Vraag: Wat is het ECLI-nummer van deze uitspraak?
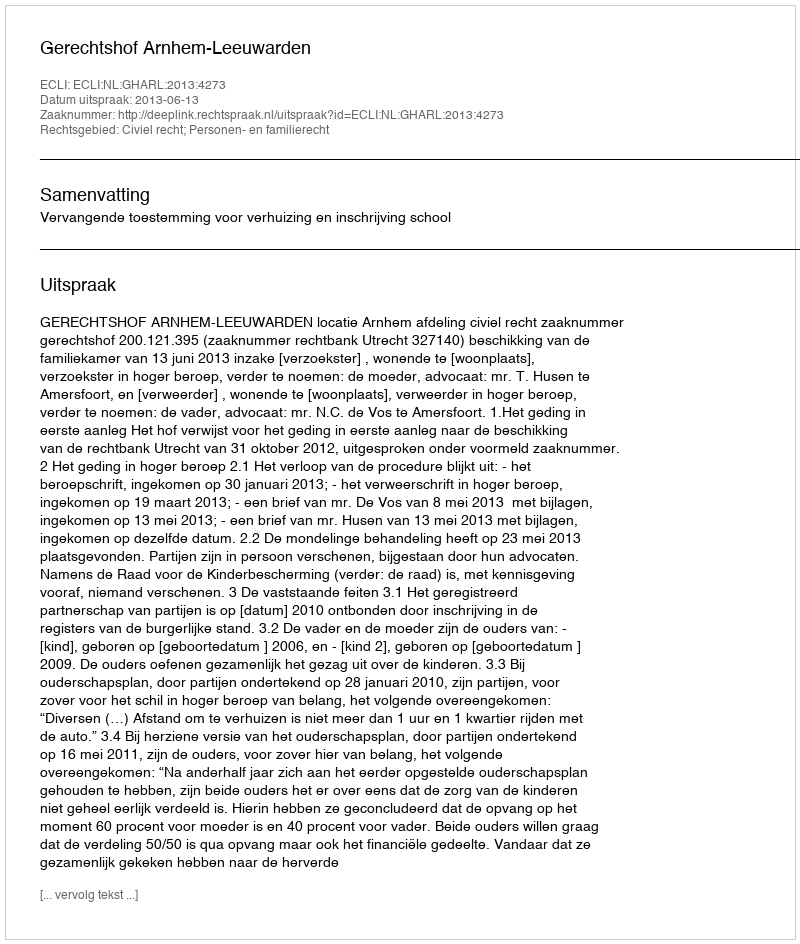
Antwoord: ECLI:NL:GHARL:2013:4273